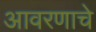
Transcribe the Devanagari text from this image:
आवरणाचे